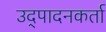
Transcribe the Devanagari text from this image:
उद्पादनकर्ता